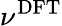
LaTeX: \nu^{\mathrm{DFT}}